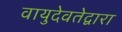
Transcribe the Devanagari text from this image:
वायुदेवतेद्वारा